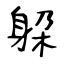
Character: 躱